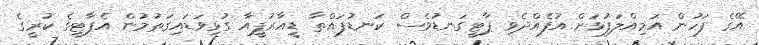
އޭގެ ފަހުން އަމިއްލަފުޅަށް އުފެއްދެވި ޕާޓީގަނޑުވެސް ކަނޑުފައްތާ ޑީއާރުޕީއާ ގުޅިވަޑައިގަތުމުން އެޕާޓީގެ ކުރީގެ